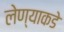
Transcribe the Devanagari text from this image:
लेण्याकडे